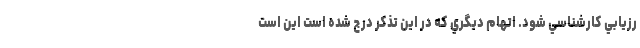
رزيابي كارشناسي شود. اتهام ديگري كه در اين تذكر درج شده است اين است